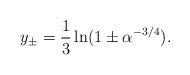
\begin{align*}y_{\pm} = \frac{1}{3}\ln(1\pm\alpha^{-3/4}). \end{align*}